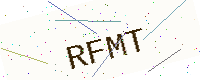
Text: RFMT